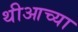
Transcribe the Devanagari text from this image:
थीआच्या